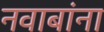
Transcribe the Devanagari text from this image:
नवाबांना